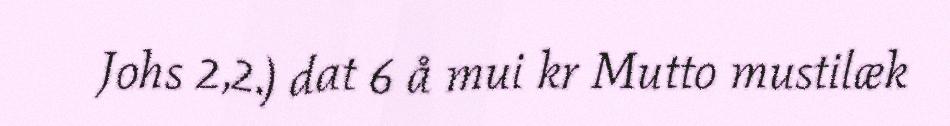
Johs 2,2.) dat 6 å mui kr Mutto mustilæk